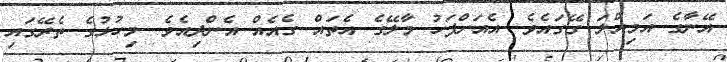
އޭނާގެ އަމިއްލަ ގޭގައެވެ. އެއަށްފަހު މާލޭގެ އެތައް ގެއެއް އެންދިއެވެ. މިހުޅުގެ ތެރޭގައި